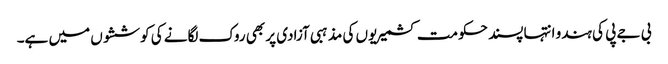
بی جے پی کی ہندو انتہا پسند حکومت کشمیریوں کی مذہبی آزادی پر بھی روک لگانے کی کوششوں میں ہے۔